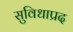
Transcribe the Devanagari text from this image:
सुविधाप्रद